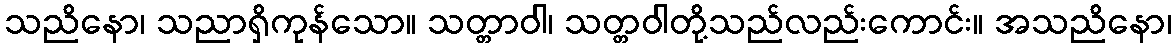
သညိနော၊ သညာရှိကုန်သော။ သတ္တာဝါ၊ သတ္တဝါတို့သည်လည်းကောင်း။ အသညိနော၊